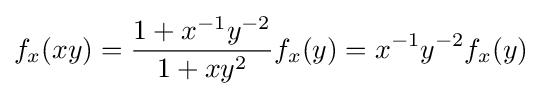
f_{x}(xy)={\frac {1+x^{-1}y^{-2}}{1+xy^{2}}}f_{x}(y)=x^{-1}y^{-2}f_{x}(y)